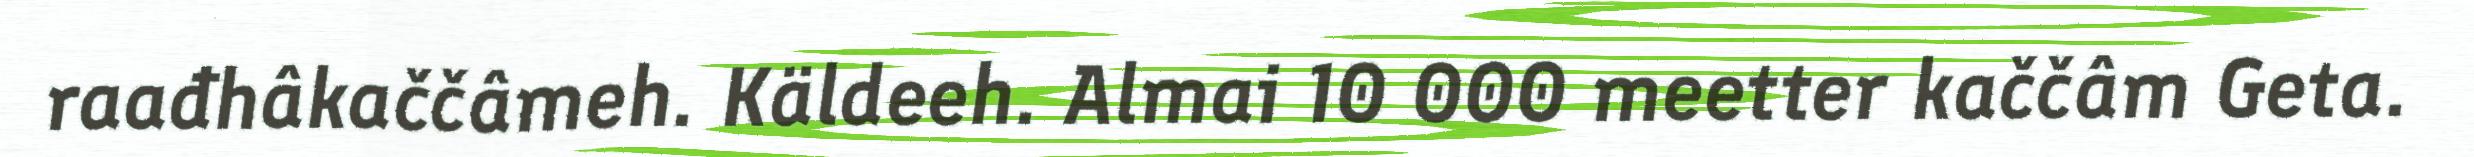
raađhâkaččâmeh. Käldeeh. Almai 10 000 meetter kaččâm Geta.